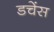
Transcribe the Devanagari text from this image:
डचेंस